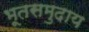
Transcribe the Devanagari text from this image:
भूतसमुदाय